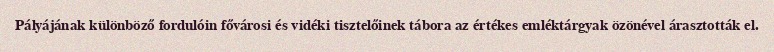
Pályájának különböző fordulóin fővárosi és vidéki tisztelőinek tábora az értékes emléktárgyak özönével árasztották el.